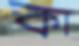
কা